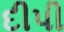
દીપી